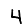
Digit: 4